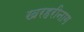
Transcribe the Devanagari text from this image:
खरहरीनाग